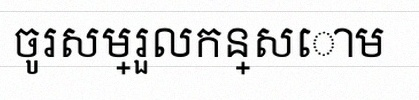
ចូរសម្រួលកន្សោម